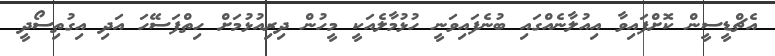
އެޗްޑީސީން ކޮށްފައިވާ އިއުލާނެއްގައި ބުނެފައިވަނީ ހުޅުމާލެއަކީ މީހުން ދިރިއުޅުމަށް ހިތްފަސޭހަ އަދި އިގުތިސޯދީ